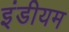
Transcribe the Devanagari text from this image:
इंडीयम